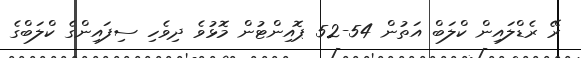
ރޭ ރެޑްލައިން ކްލަބް އަތުން 54-52 ޕޮއިންޓުން މޮޅުވެ ދިވެހި ސިފައިންގެ ކްލަބްގެ